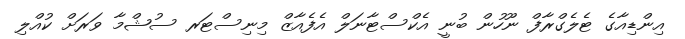
އިންޑިއާގެ ޓެލެގްރާފް ނޫހުން ބުނީ އެކްސްޓާނަލް އެފެއާޒް މިނިސްޓަރ ސުޝްމާ ވަރަށް ކުއްލި